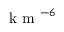
\textrm { k m } ^ { - 6 }